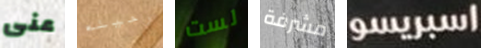
عنى رحيله لست مشرفة اسبريسو